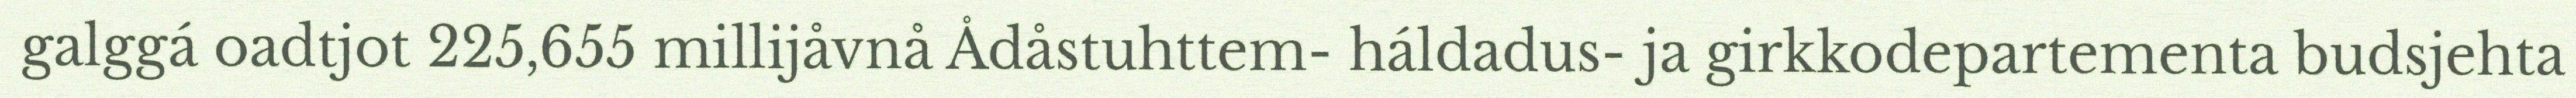
galggá oadtjot 225,655 millijåvnå Ådåstuhttem- háldadus- ja girkkodepartementa budsjehta